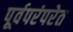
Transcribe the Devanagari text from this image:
पूर्वपरंपरेत